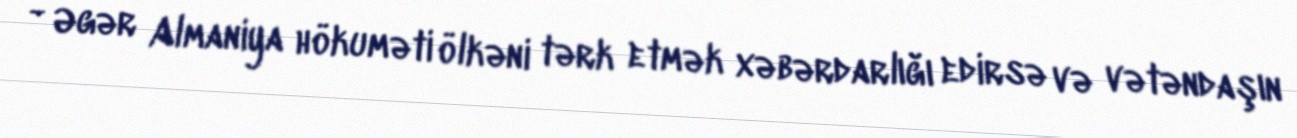
- Əgər Almaniya hökuməti ölkəni tərk etmək xəbərdarlığı edirsə və vətəndaşın